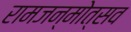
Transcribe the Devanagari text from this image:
रामजन्मोत्सव